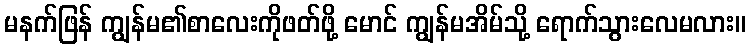
မနက်ဖြန် ကျွန်မ၏စာလေးကိုဖတ်ဖို့ မောင် ကျွန်မအိမ်သို့ ရောက်သွားလေမလား။